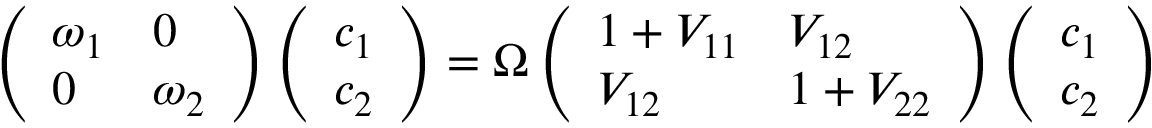
\left( \begin{array} { l l } { \omega _ { 1 } } & { 0 } \\ { 0 } & { \omega _ { 2 } } \end{array} \right) \left( \begin{array} { l } { c _ { 1 } } \\ { c _ { 2 } } \end{array} \right) = \Omega \left( \begin{array} { l l } { 1 + V _ { 1 1 } } & { V _ { 1 2 } } \\ { V _ { 1 2 } } & { 1 + V _ { 2 2 } } \end{array} \right) \left( \begin{array} { l } { c _ { 1 } } \\ { c _ { 2 } } \end{array} \right)